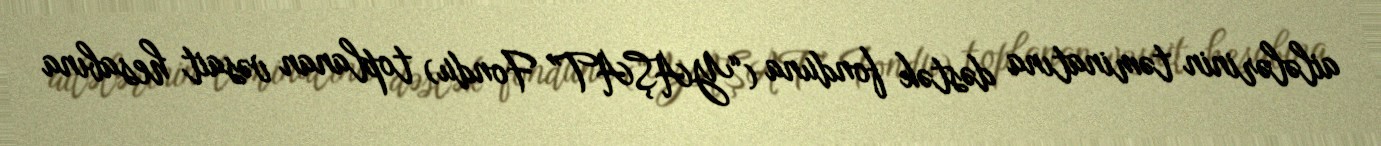
ailələrinin təminatına dəstək fonduna (“YAŞAT” Fondu) toplanan vəsait hesabına